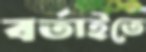
বর্তাইতে